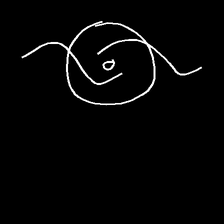
Glyph: repetition